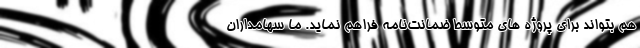
هم بتواند برای پروژه ‌های متوسط ضمانت‌نامه فراهم نماید. ما سهامداران